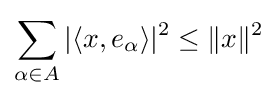
\sum _{\alpha \in A}|\langle x,e_{\alpha }\rangle |^{2}\leq \lVert x\rVert ^{2}